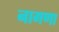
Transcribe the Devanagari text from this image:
नागणा